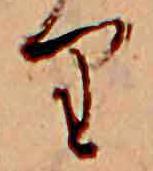
り